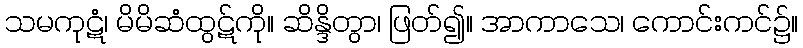
သမကုဋံ၊ မိမိဆံထွဋ်ကို။ ဆိန္ဒိတွာ၊ ဖြတ်၍။ အာကာသေ၊ ကောင်းကင်၌။